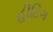
હીટિગ